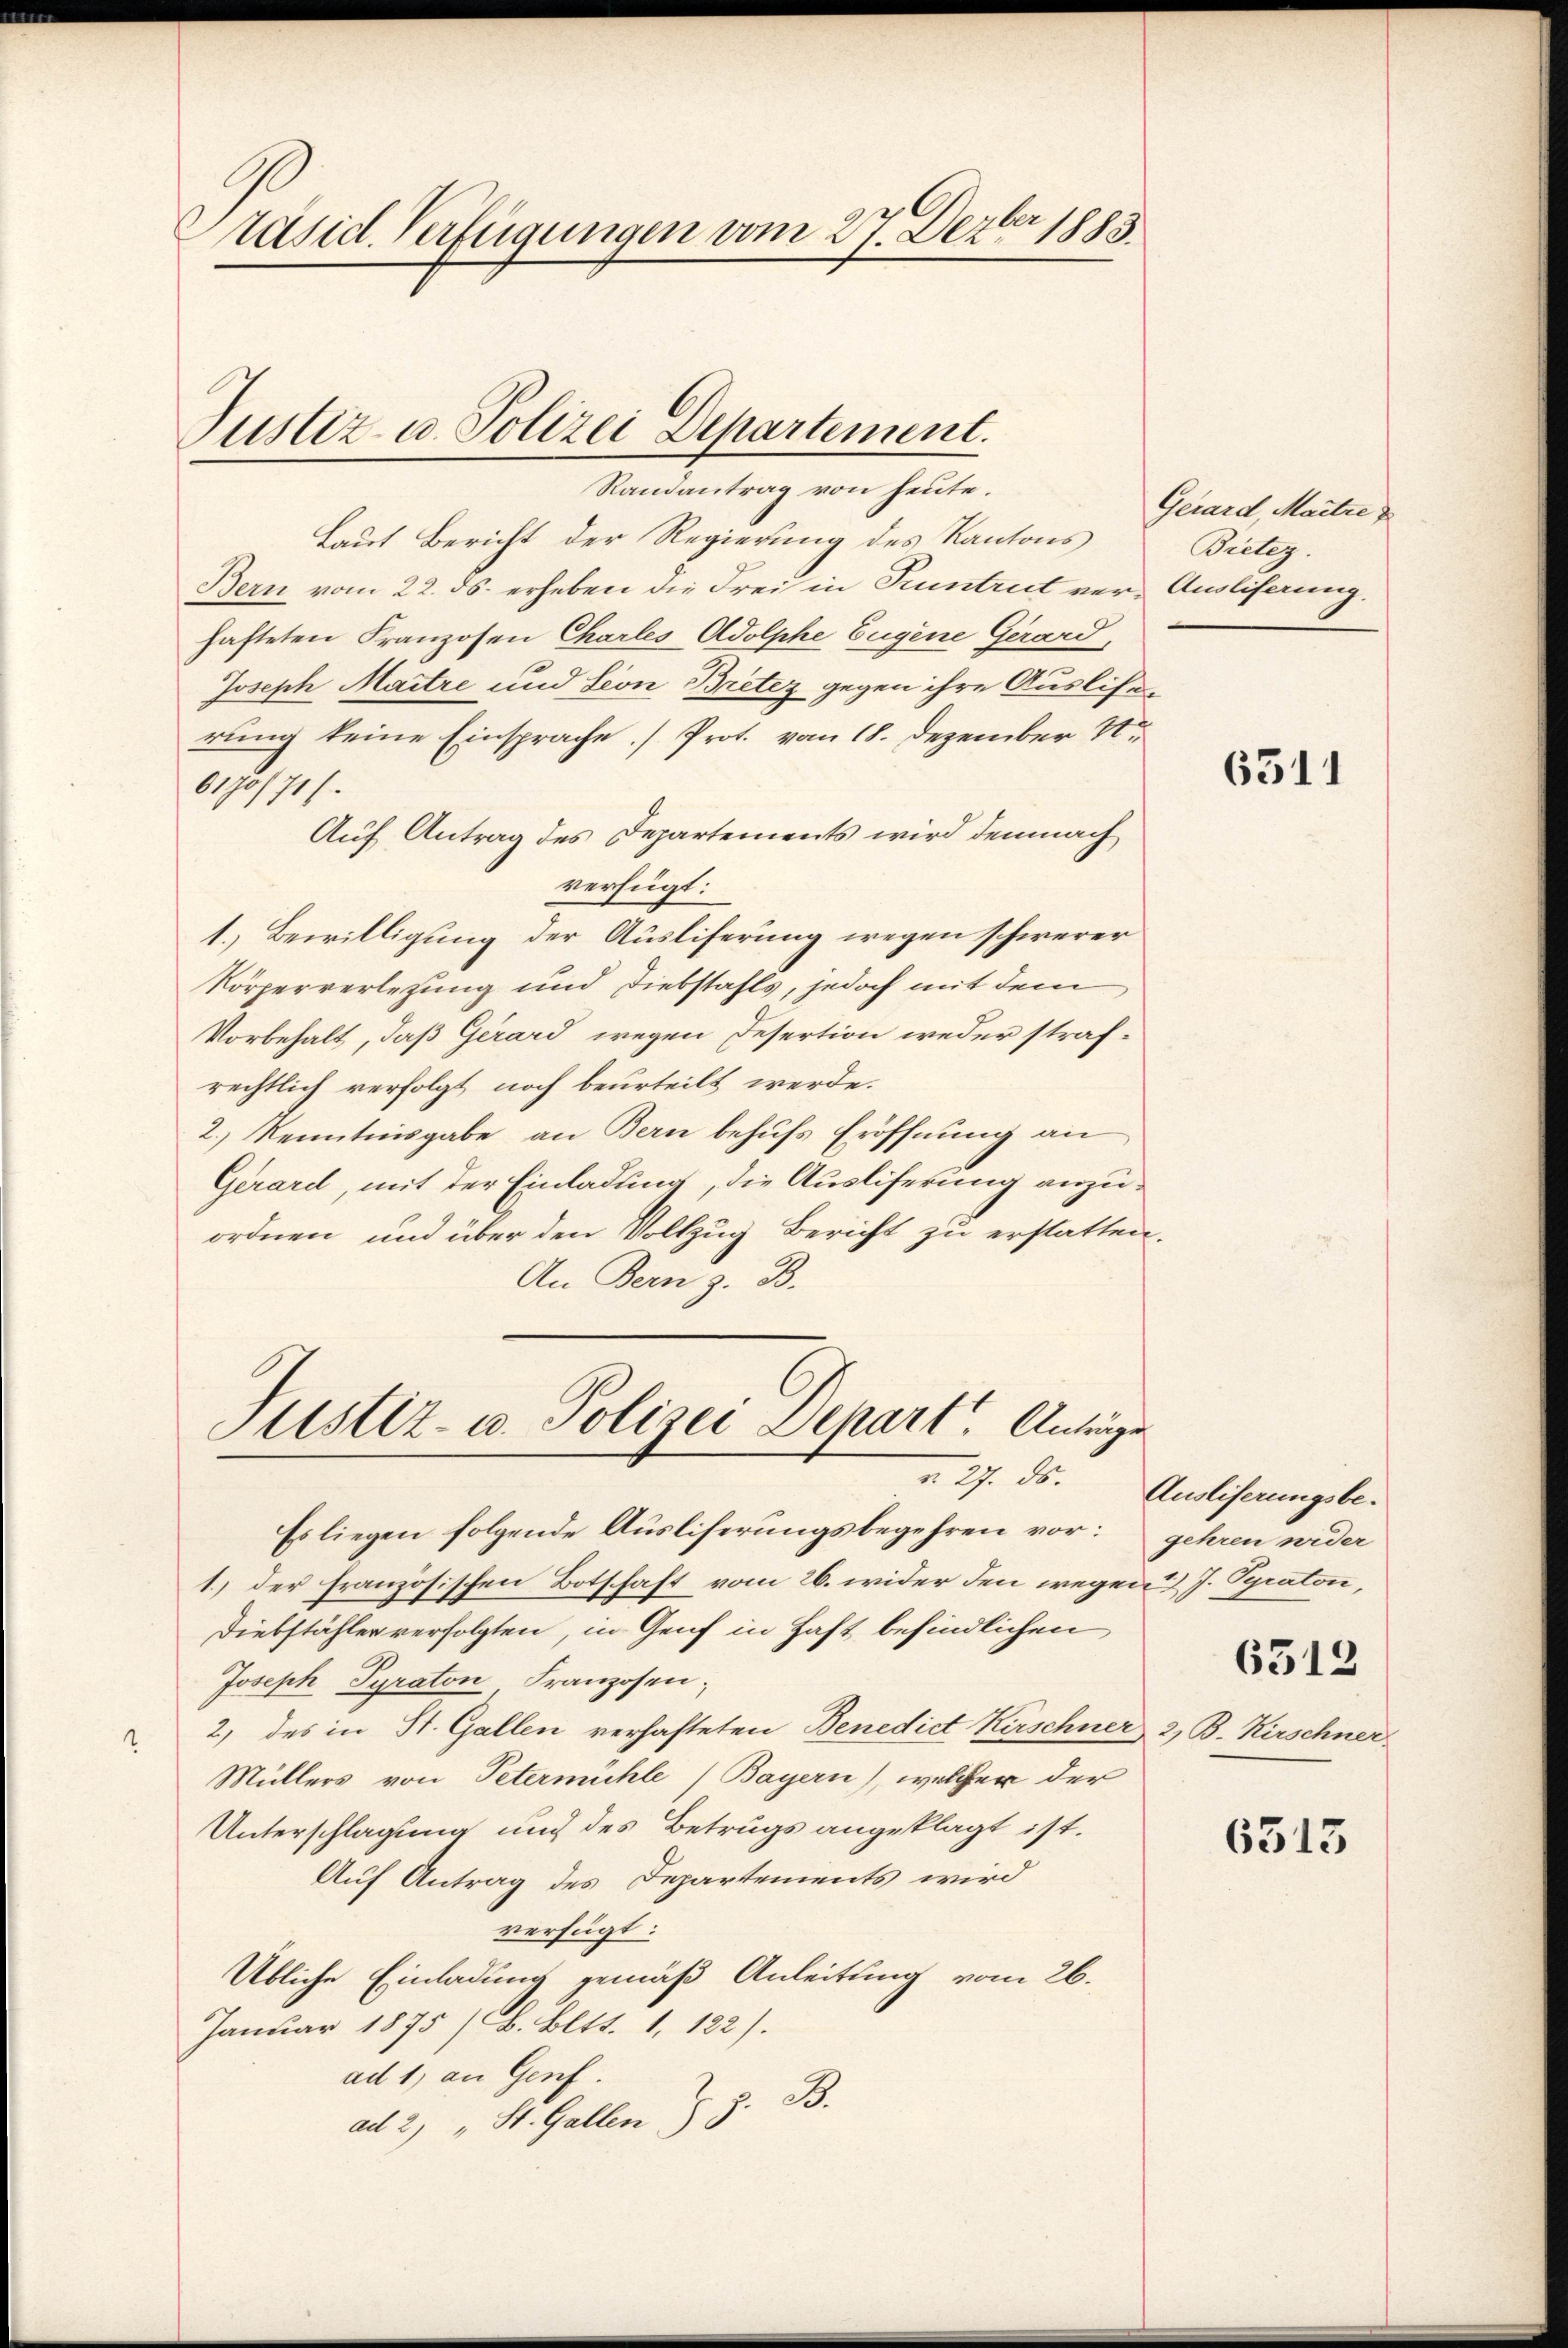
Präsid. Verfügungen vom 27. Dezbr 1883.

Justiz u. Polizei Departement.
Randantrag von heute.

Laut Bericht der Regierung des Kantons
Bern vom 22. ds. erheben die Frei in Pruntrut ver-Ansliserung,
hafteten Franzosen Charles Adolphe Eugene Gerard,
Joseph Maitre und Seon Britez gegen ihre Auslierung keine Einsprache Prot. vom 18. Dezember 1
0170/71/
Auf Antrag des Departements wird demnach
verfügt:
1. Bewilligung der Ausliferung wegen schwerer
Körperverlegung und Diebstahls, jedoch mit dem
Vorbehalt, daß Gerard wegen Desertion weder strafrechtlich verfolgt noch beurteilt werde.
2.) Kenntnisgabe an Bern behufs Eröffnung an
Gerard, mit der Einladung, die Ausliferung anzuordnen und über den Vollzug Bericht zu erstatten.
An Bern z. B.
Justiz- u. Polizei Depart. Anträge
r. 27. ds. Ausliserungsbe¬
Es liegen folgende Ausliferungsbegehren vor: gehren wider
1.) der französischen Botschaft vom 26. wider den wegen 2 J. Pyraton,
Diebstähler verfolgten, in Genf in Haft befindlichen
Joseph Pyraton Franzosen;
2) des in St. Gallen verhafteten Benedict Kirschner 2. B. Kirschner
1
Müllers von Petermühle (Bayern), welcher der
Unterschlagung und des Betrugs angeklagt ist.
Auf Antrag des Departements wird
verfügt:
Übliche Einladung gemäß Anleitung vom 26.
Januar 1875 /B. Bett. 1. 122).
ad 1, an Genf.
ad 2) " St. Gallen z. B.

Gerard, Maitre
Bietez.

6311

6512

6313